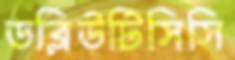
ডব্লিউটিসিসি